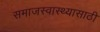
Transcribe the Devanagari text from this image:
समाजस्वास्थ्यासाठी